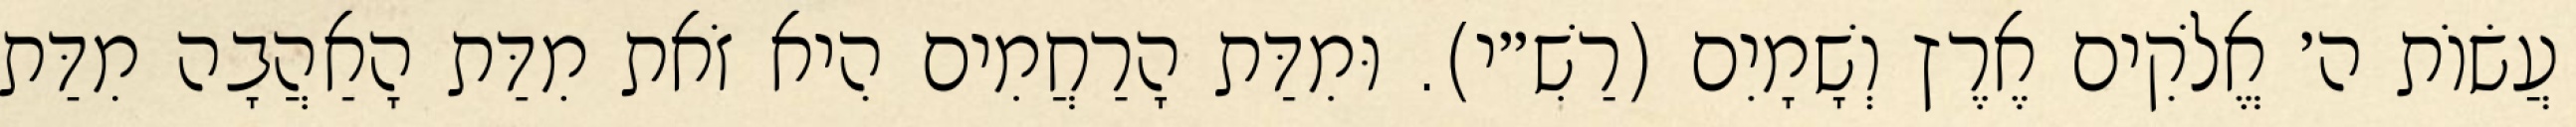
עֲשׂוֹת ה׳ אֱלֹקִים אֶרֶץ וְשָׁמָיִם (רַשִׁ״י). וּמִדַּת הָרַחֲמִים הִיא זֹאת מִדַּת הָאַהֲבָה מִדַּת